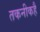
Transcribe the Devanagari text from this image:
तकनीकहै